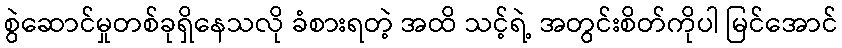
စွဲဆောင်မှုတစ်ခုရှိနေသလို ခံစားရတဲ့ အထိ သင့်ရဲ့ အတွင်းစိတ်ကိုပါ မြင်အောင်